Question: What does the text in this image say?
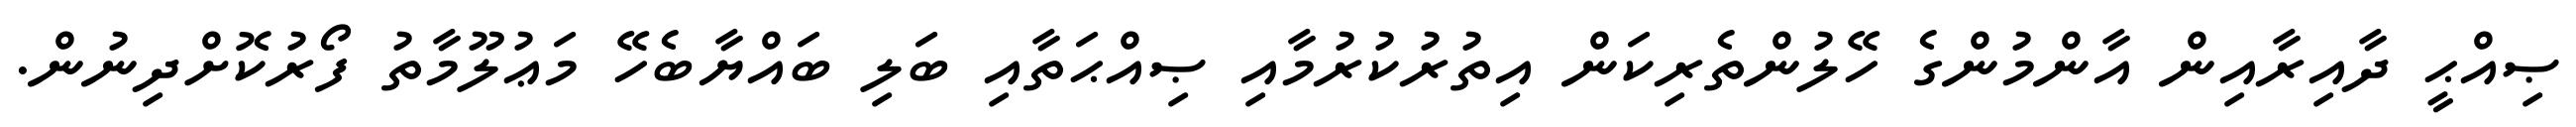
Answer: ޞިއްޙީ ދާއިރާއިން އާންމުންގެ ހޭލުންތެރިކަން އިތުރުކުރުމާއި ޞިއްޙަތާއި ބަލި ބައްޔާބެހޭ މަޢުލޫމާތު ފޯރުކޮށްދިނުން.